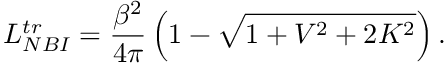
L _ { N B I } ^ { t r } = \frac { \beta ^ { 2 } } { 4 \pi } \left( 1 - \sqrt { 1 + V ^ { 2 } + 2 K ^ { 2 } } \right) .